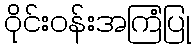
ဝိုင်းဝန်းအကြံပြု